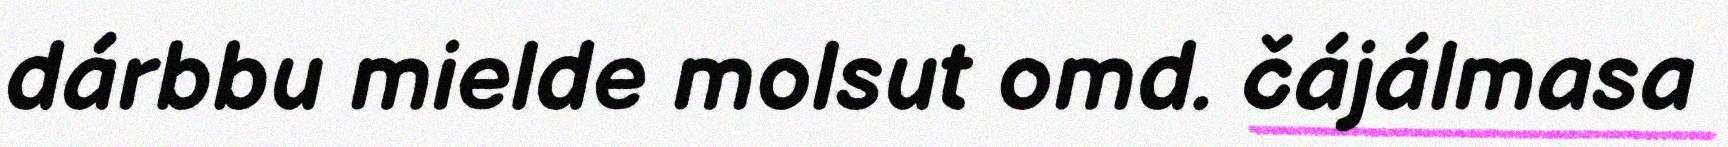
dárbbu mielde molsut omd. čájálmasa